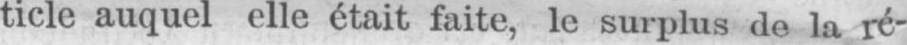
ticle auquel elle était faite, le surplus de la ré-